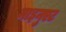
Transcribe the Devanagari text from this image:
माइनुएट